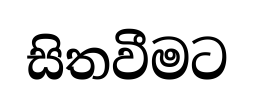
සිතවීමට